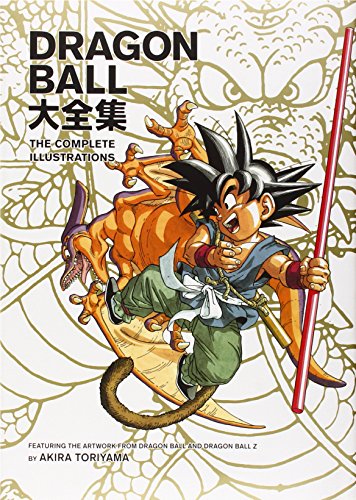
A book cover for Dragon Ball: The Complete Illustrations; Akira Toriyama; Comics & Graphic Novels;